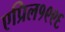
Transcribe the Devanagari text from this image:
एप्रिल१९९६